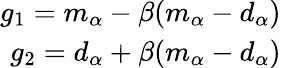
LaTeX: \begin{array}{r}{g_{1}=m_{\alpha}-\beta(m_{\alpha}-d_{\alpha})}\\ {g_{2}=d_{\alpha}+\beta(m_{\alpha}-d_{\alpha})}\end{array}